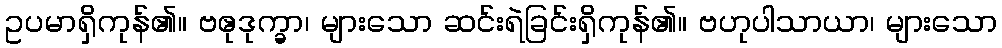
ဥပမာရှိကုန်၏။ ဗဧုဒုက္ခာ၊ များသော ဆင်းရဲခြင်းရှိကုန်၏။ ဗဟုပါသာယာ၊ များသော